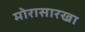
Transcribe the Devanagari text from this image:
मोरासारखा